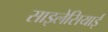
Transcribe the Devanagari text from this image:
साइलेसियाई